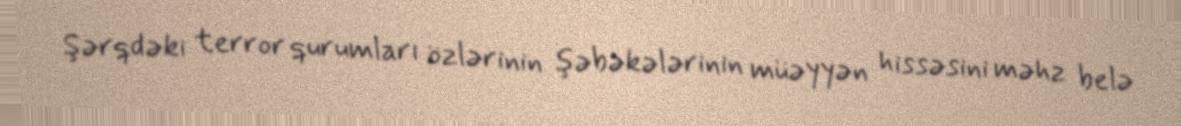
Şərqdəki terror qurumları özlərinin şəbəkələrinin müəyyən hissəsini məhz belə